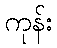
ကုန်း